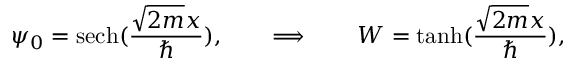
\psi _ { 0 } = \mathrm { s e c h } ( { \frac { \sqrt { 2 m } x } { \hbar } } ) , \qquad \Longrightarrow \qquad W = \operatorname { t a n h } ( { \frac { \sqrt { 2 m } x } { \hbar } } ) ,